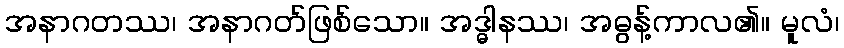
အနာဂတဿ၊ အနာဂတ်ဖြစ်သော။ အဒ္ဓါနဿ၊ အဓွန့်ကာလ၏။ မူလံ၊